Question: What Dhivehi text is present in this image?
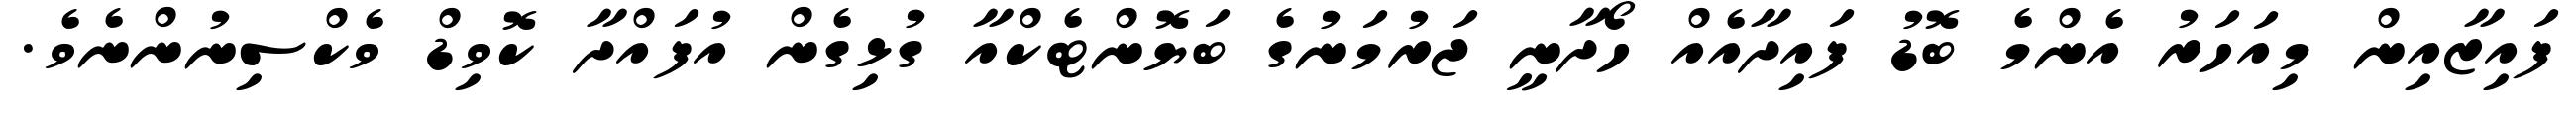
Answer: ފައިޒާއިން މިއަހަރު އެންމެ ބޮޑު ފައިދާއެއް ހޯދާނީ ޖަރުމަނުގެ ބަޔޮންޓެކްއާ ގުޅިގެން އުފައްދާ ކޮވިޑް ވެކްސިނުންނެވެ.